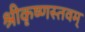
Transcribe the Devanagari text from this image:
श्रीकृष्णस्तवम्